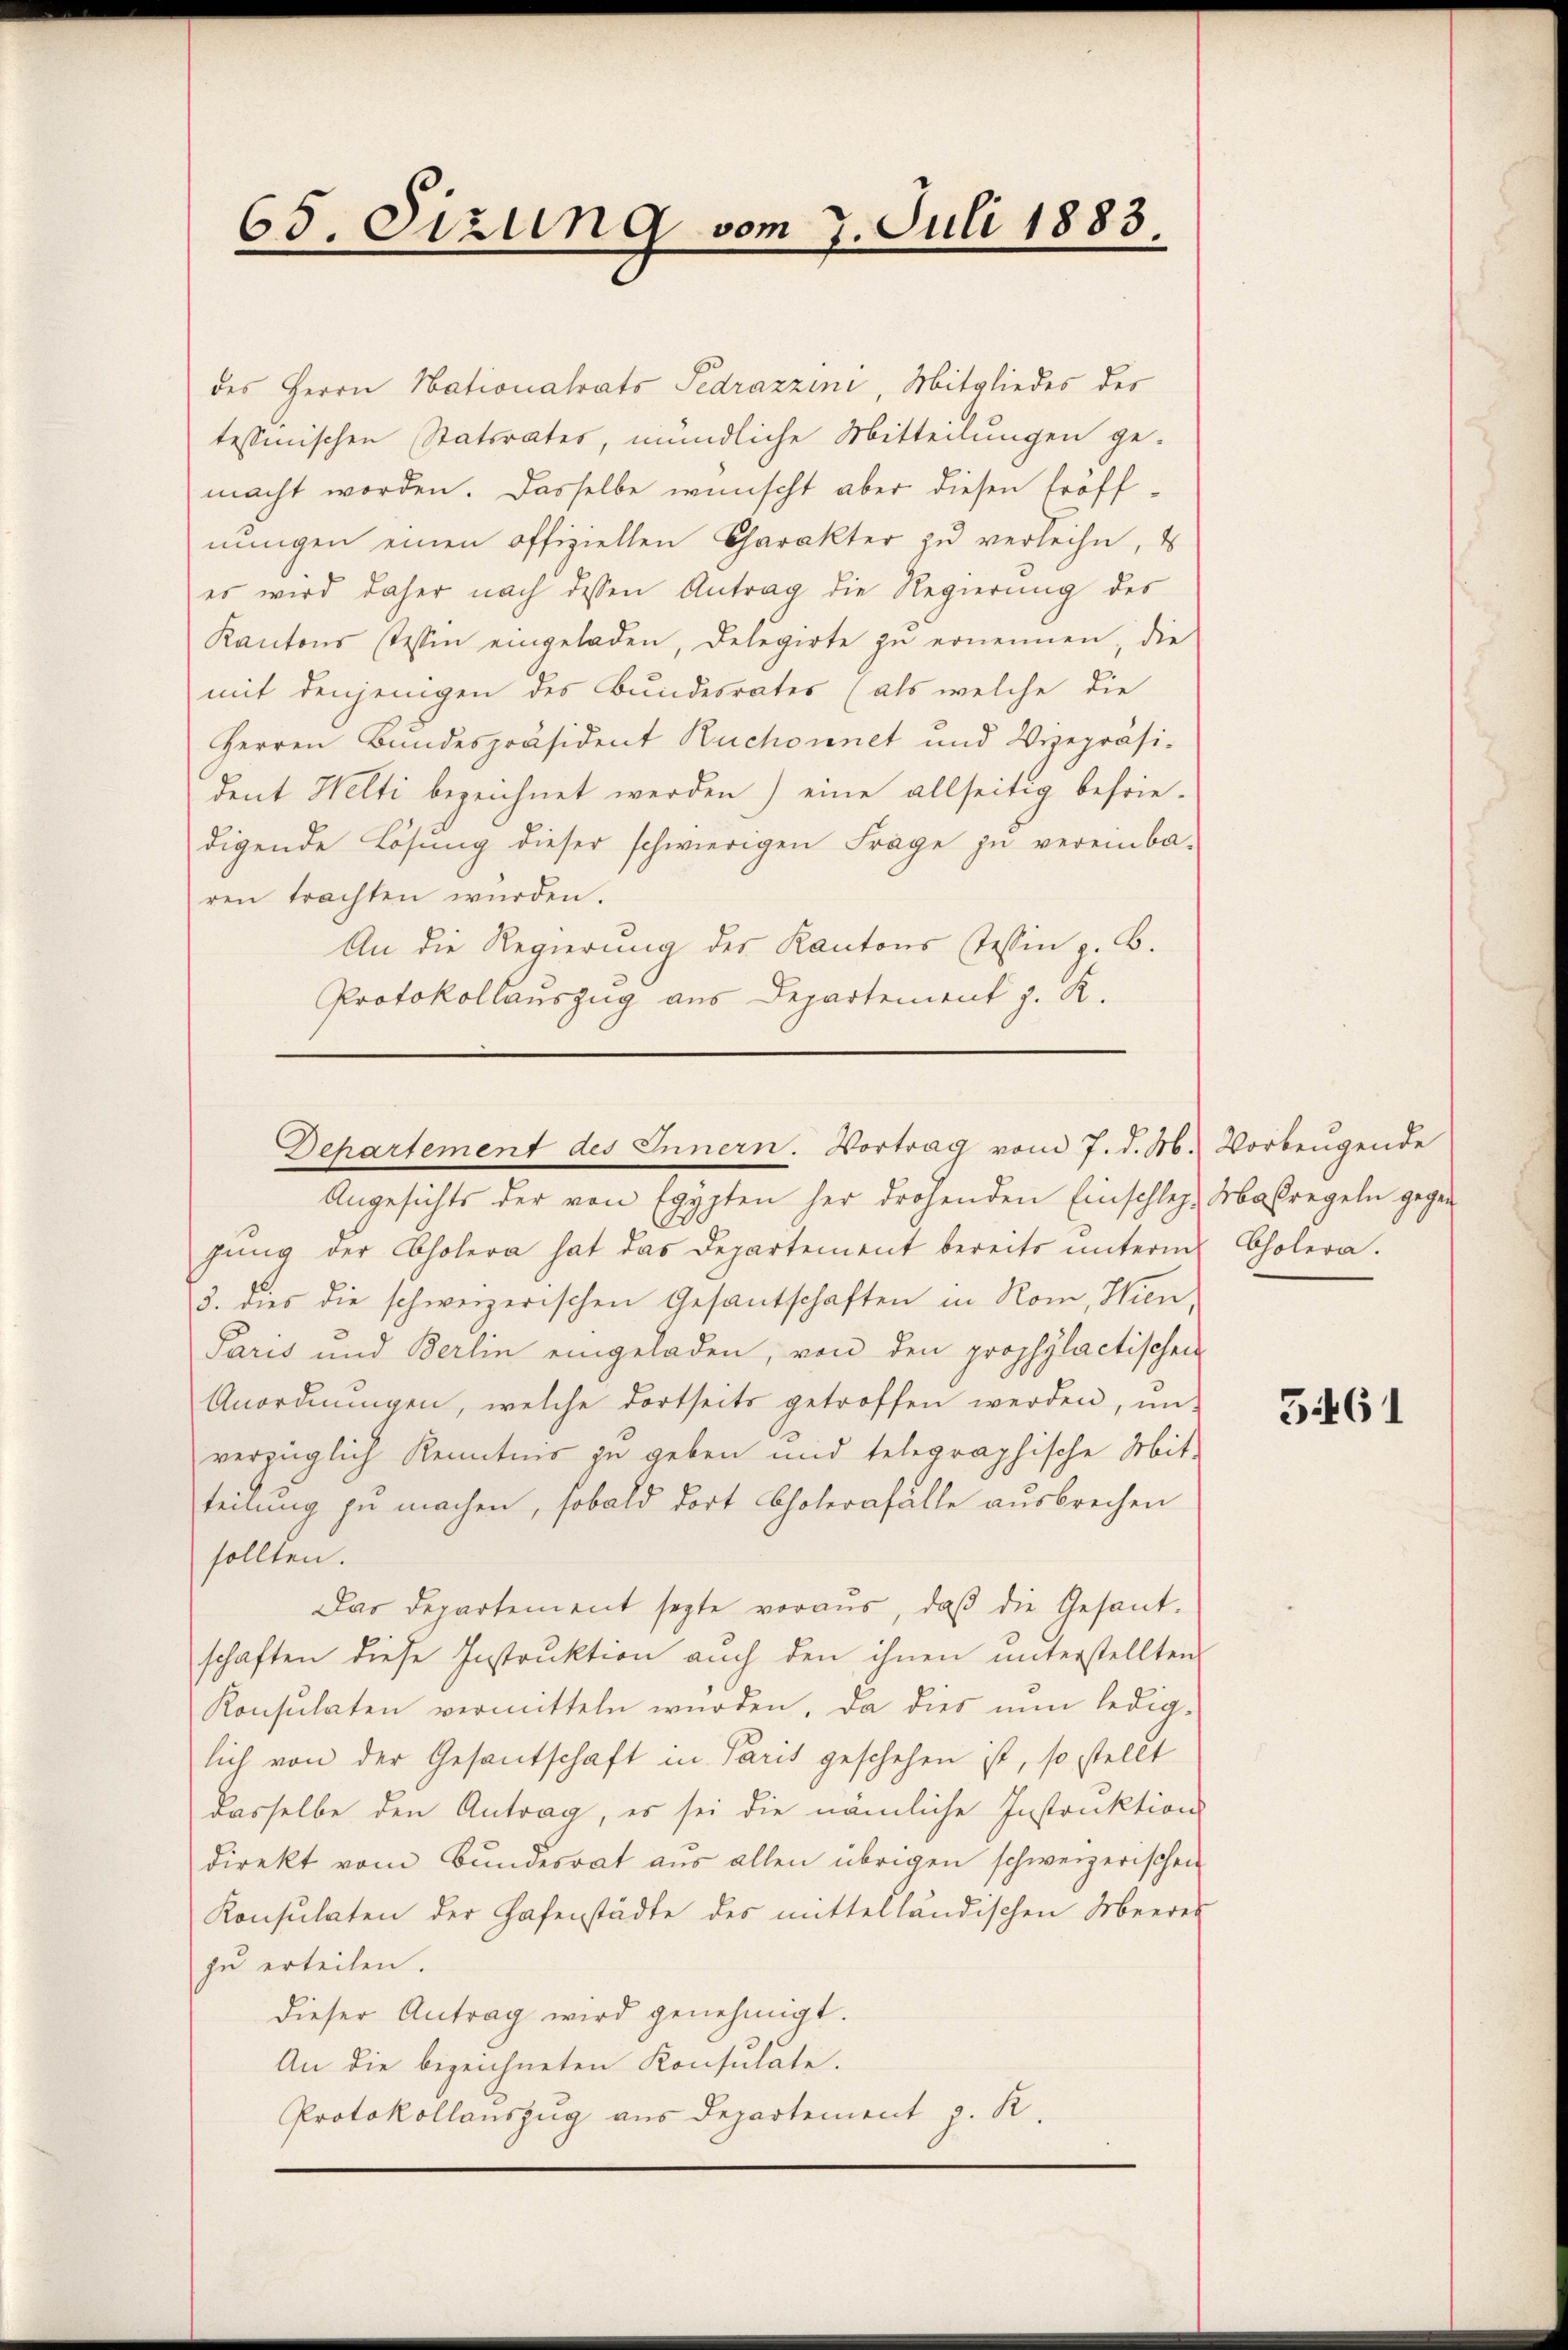
65. Etzung vom 7. Juli 1883.

des Herrn Nationalrats Sedrazzini, Mitgliedes des
tessinischen Statsrates, mündliche Mitteilungen ge-
macht worden. Dasselbe wünscht aber diesen Eröffnŭngen einen offiziellen Charakter zŭ verleihe, s
es wird daher nach dessen Antrag die Regierung des
Kantons stessen eingeladen, Delegirte zu ernennen, die
mit denjenigen des Bundesrates (als welche die
Herren Bundespräsident Ruchornet und Vizepräsi-
dent Welti bezeichnet werden) eine allseitig befriedigende Lösung dieser schwierigen Frage zu vereinba-
ren trachten würden.
An die Regierung des Kantons Tessin z. B.
Protokollauszug aus Departement J. K.
Angesichts der von Egypten her drohenden Einschlez-Maßregeln gegengŭng der Cholera hat das Departement bereits ŭnterm Cholera.
3. dies die schweizerischen Gesantschaften in Rom, Wien,
Paris und Berlin eingeladen, von den prophylactischen
Anordnŭngen, welche dortseits getroffen werden, ŭn-
verzüglich Kenntnis zu geben und telegraphische Mit-
teilung zu machen, sobald dort Cholernfalle ausbrechen
sollten.
Das Departement sagte voraus, daβ die Gesant-
schaften diese Instrŭktion aŭch den ihnen ŭnterstellten
Konsulaten vermitteln würden, da dies nun ledig-
lich von der Gesantschaft in Paris geschehen ist, so stellt
dasselbe den Antrag, es sei die nämliche Instruktion
direkt vom Bŭndesrat aŭs allen übrigen schweizerischen
Konsulaten der Hafenstädte des mittelländischen Meerer
zu erteilen.
dieser Antrag wird genehmigt.
An die bezeichneten Konsulate.
Protokollauszug aus Departement z. R.

Departement des Innern. Vortrag vom 7. d. M. Vorbeŭgende

5461